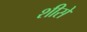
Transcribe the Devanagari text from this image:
शीसे